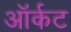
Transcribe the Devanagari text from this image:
ऑर्कट